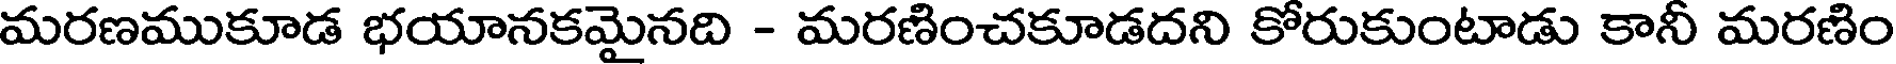
మరణముకూడ భయానకమైనది - మరణించకూడదని కోరుకుంటాడు కానీ మరణిం